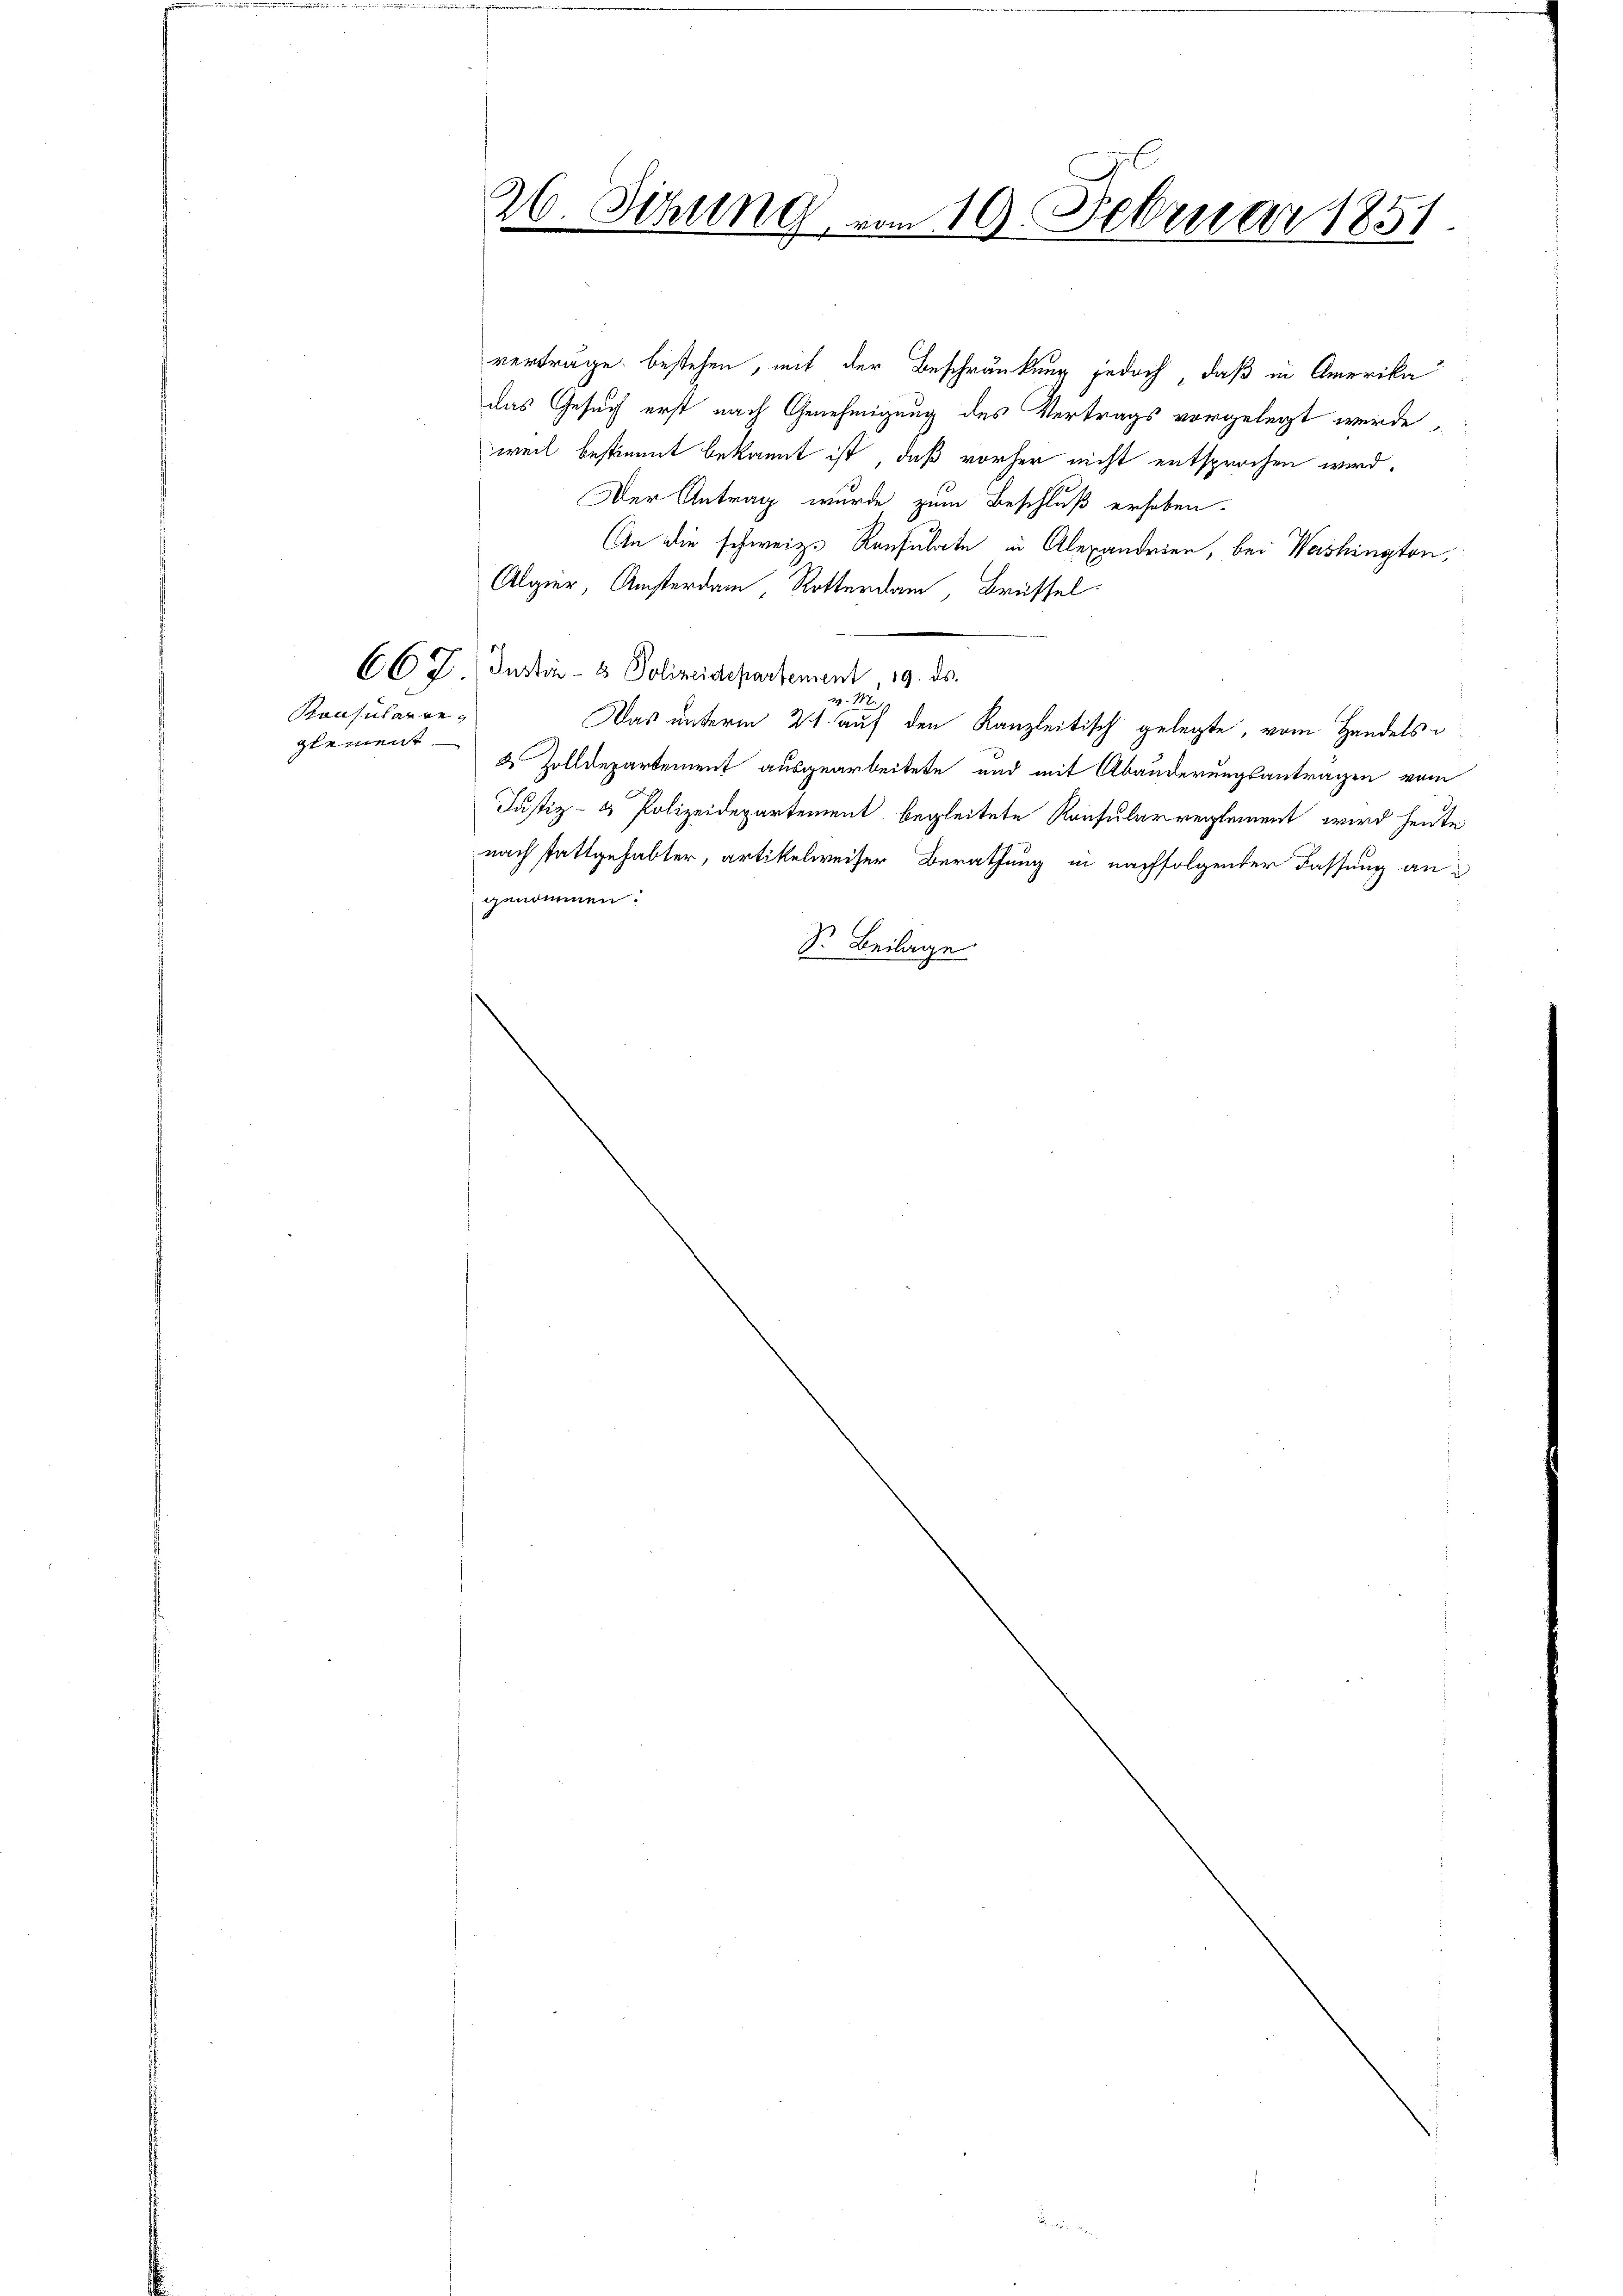
Konsularre
glement

verträge bestehen, mit der Beschränkung jedoch, daß in Amerika
das Gesuch erst nach Genehmigung des Vertrags vorgelegt werde,
weil bestimmt bekannt ist, daß vorher nicht entsprochen wird.
Der Antrag wurde zum Beschluß erhoben.
An die schweiz. Konsulate in Alexandrien, bei Washington¬
Algier Amsterdam Rotterdam, Brüssel
CCZ. Insti- & Polizeidepartement, 19. ds.
148.
Das unterm 21. auf den Kanzleitisch gelegte, vom Handelsd Zolldepartement ausgearbeitete und mit Abänderungsantragen vom
Justiz- & Polizeidepartement begleitete Konsularreglement wird heut
nach stattgehabter, artikelweiser Berathung in nachfolgender Fassung an
genommen.
S. Beilage

26.
Sihung vom 19. Februar 1851.